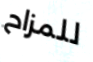
للمزاح